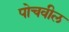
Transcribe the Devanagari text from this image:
पोचवील